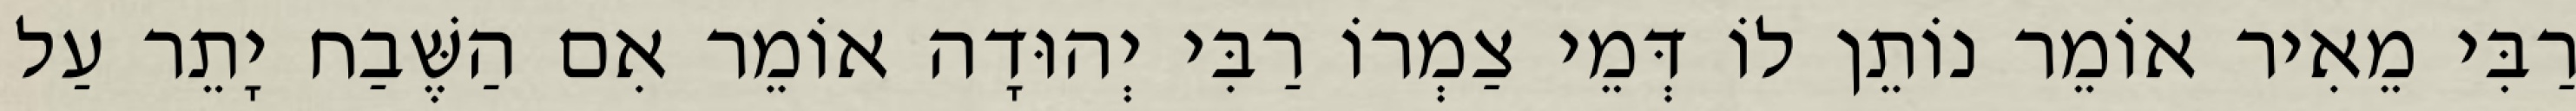
רַבִּי מֵאִיר אוֹמֵר נוֹתֵן לוֹ דְּמֵי צַמְרוֹ רַבִּי יְהוּדָה אוֹמֵר אִם הַשֶּׁבַח יָתֵר עַל